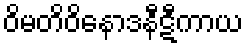
ဝိမတိဝိနောဒနီဋီကာယ